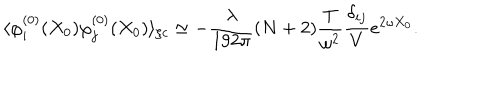
\langle \varphi _ { i } ^ { ( 0 ) } ( X _ { 0 } ) \varphi _ { j } ^ { ( 0 ) } ( X _ { 0 } ) \rangle _ { \zeta c } \simeq - \frac { \lambda } { 1 9 2 \pi } ( N + 2 ) \frac { T } { \omega ^ { 2 } } \frac { \delta _ { i j } } { V } e ^ { 2 \omega X _ { 0 } } .